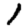
Digit: 1